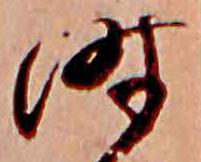
時